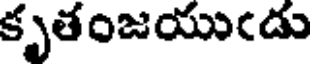
కృతంజయుఁడు